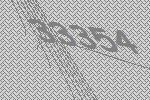
33354